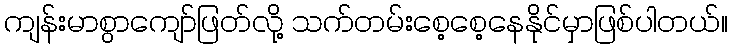
ကျန်းမာစွာကျော်ဖြတ်လို့ သက်တမ်းစေ့စေ့နေနိုင်မှာဖြစ်ပါတယ်။